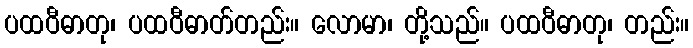
ပထဝီဓာတု၊ ပထဝီဓာတ်တည်း။ လောမာ၊ တို့သည်။ ပထဝီဓာတု၊ တည်း။